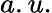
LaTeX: a.u.